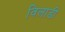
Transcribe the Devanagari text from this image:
विलाडी